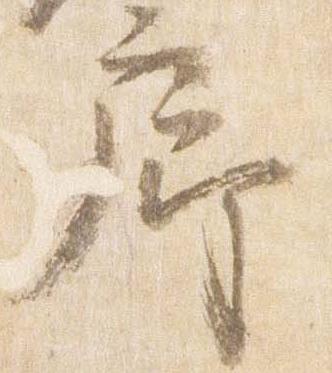
廊